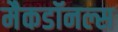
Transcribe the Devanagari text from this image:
मैकडॉनल्स